Cholera in southern India
Disease focus: Cholera
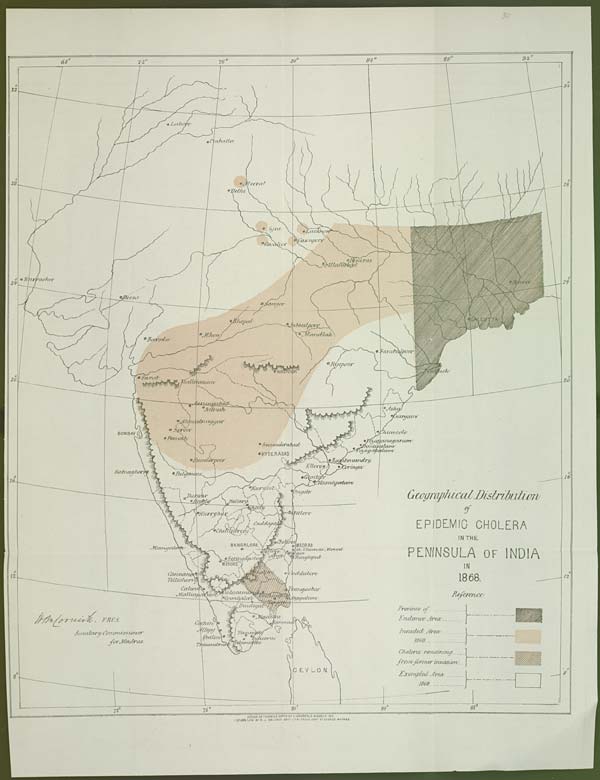
DRAWN ON TRANSFER PAPER BY V. VARDARAJA MOODELY. 1871.
CHROMO LITH: BY R.J. BALDREY GOVT. LITHO: PRESS FORT ST. GEORGE MADRAS